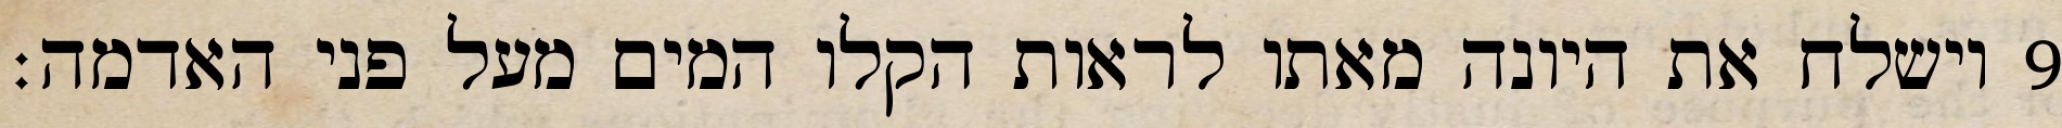
וישלח את היונה מאתו לראות הקלו המים מעל פני האדמה׃ ‎9‏